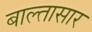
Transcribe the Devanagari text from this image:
बाल्तासार